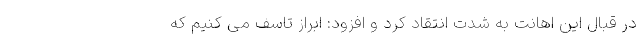
در قبال این اهانت به شدت انتقاد کرد و افزود: ابراز تاسف می کنیم که